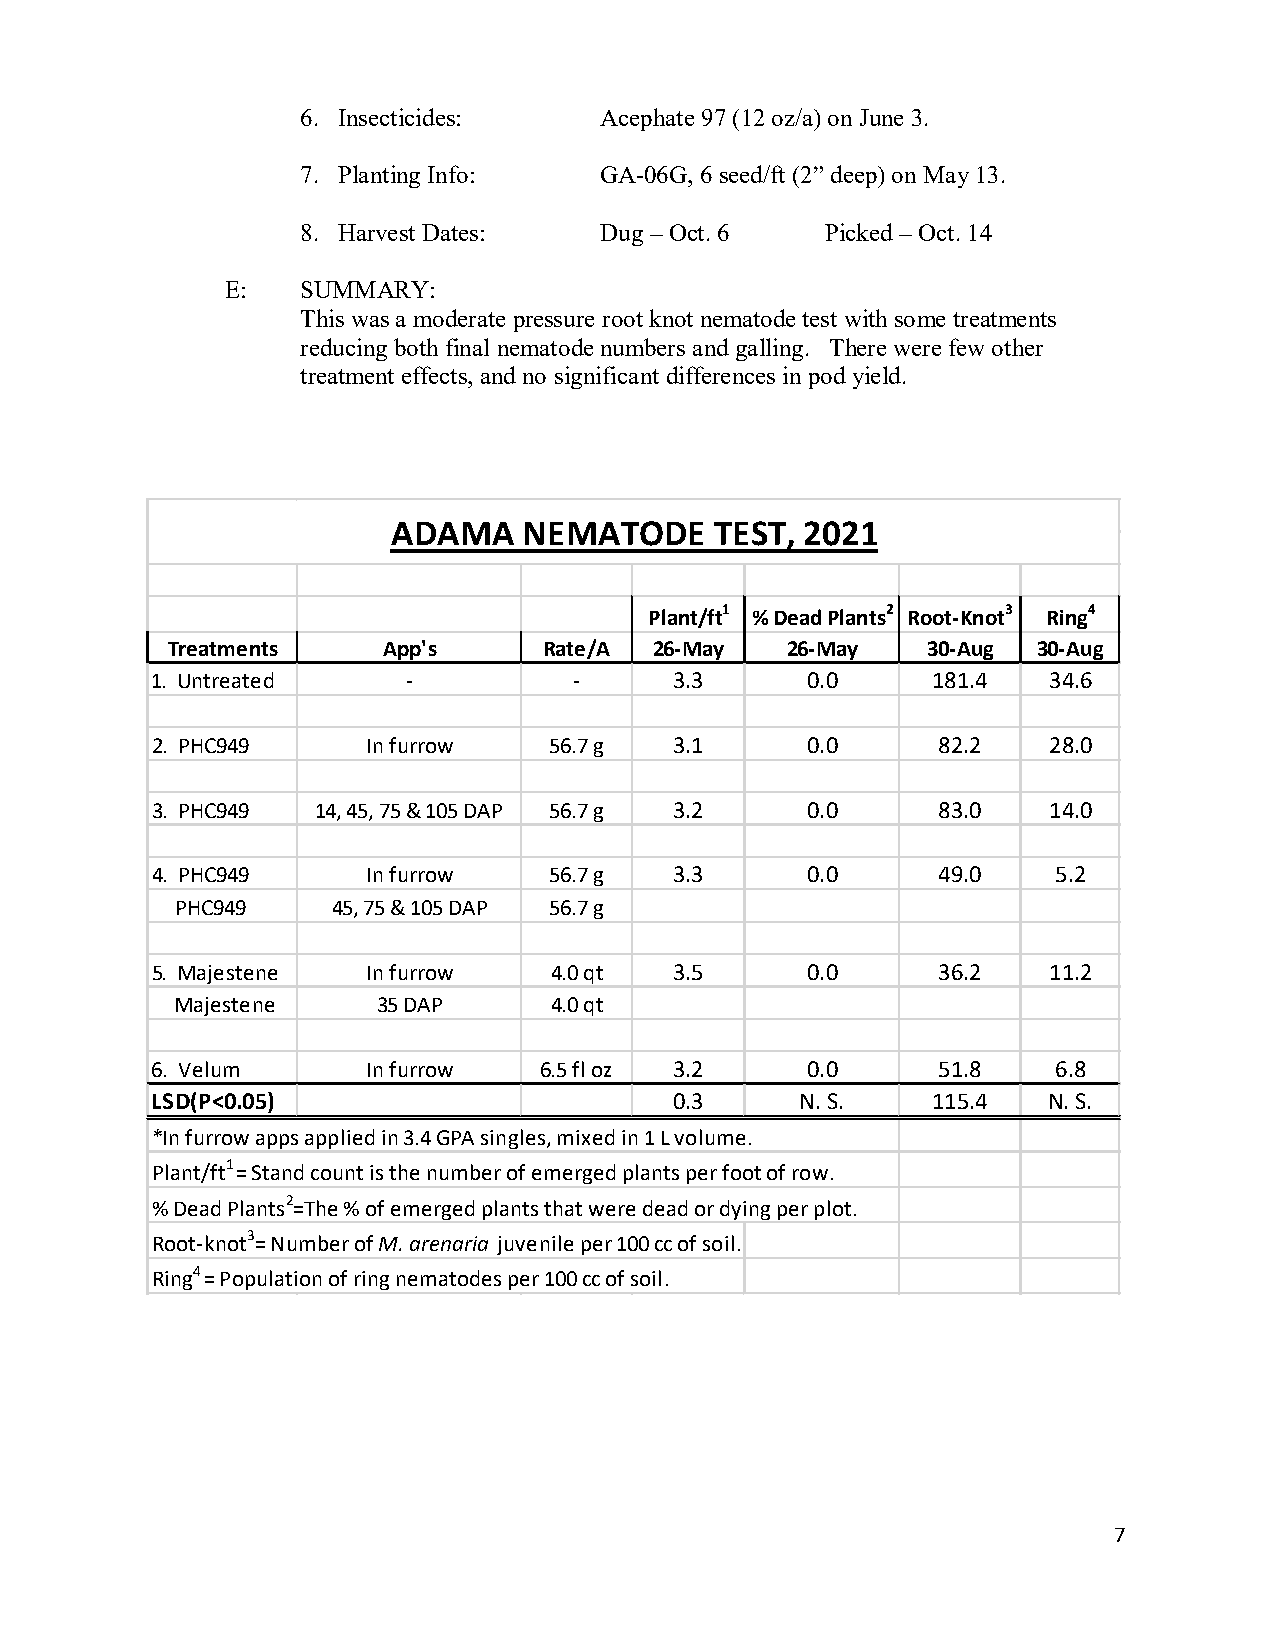
6. Insecticides:    Acephate 97 (12 oz/a) on June 3.
 7. Planting Info:   GA-06G, 6 seed/ft (2” deep) on May 13.
 8. Harvest Dates:   Dug – Oct. 6   Picked – Oct. 14
 E:   SUMMARY:
 This was a moderate pressure root knot nematode test with some treatments
 reducing both final nematode numbers and galling. There were few other
 treatment effects, and no significant differences in pod yield.
 ADAMA    NEMATODE    TEST, 2021
 Plant/ft1 % Dead Plants2 Root-Knot3 Ring4
 Treatments    App's      Rate/A 26-May   26-May   30-Aug  30-Aug
 1. Untreated     -          -      3.3     0.0      181.4  34.6
 2. PHC949     In furrow   56.7 g   3.1     0.0      82.2   28.0
 3. PHC949  14, 45, 75 & 105 DAP 56.7 g 3.2 0.0      83.0   14.0
 4. PHC949     In furrow   56.7 g   3.3     0.0      49.0    5.2
 PHC949    45, 75 & 105 DAP 56.7 g
 5. Majestene  In furrow   4.0 qt   3.5     0.0      36.2   11.2
 Majestene    35 DAP     4.0 qt
 6. Velum      In furrow   6.5 fl oz 3.2    0.0      51.8    6.8
 LSD(P<0.05)                        0.3     N. S.    115.4  N. S.
 *In furrow apps applied in 3.4 GPA singles, mixed in 1 L volume.
 Plant/ft1 = Stand count is the number of emerged plants per foot of row.
 % Dead Plants2=The % of emerged plants that were dead or dying per plot.
 Root-knot3= Number of M. arenaria juvenile per 100 cc of soil.
 Ring4 = Population of ring nematodes per 100 cc of soil.
 7